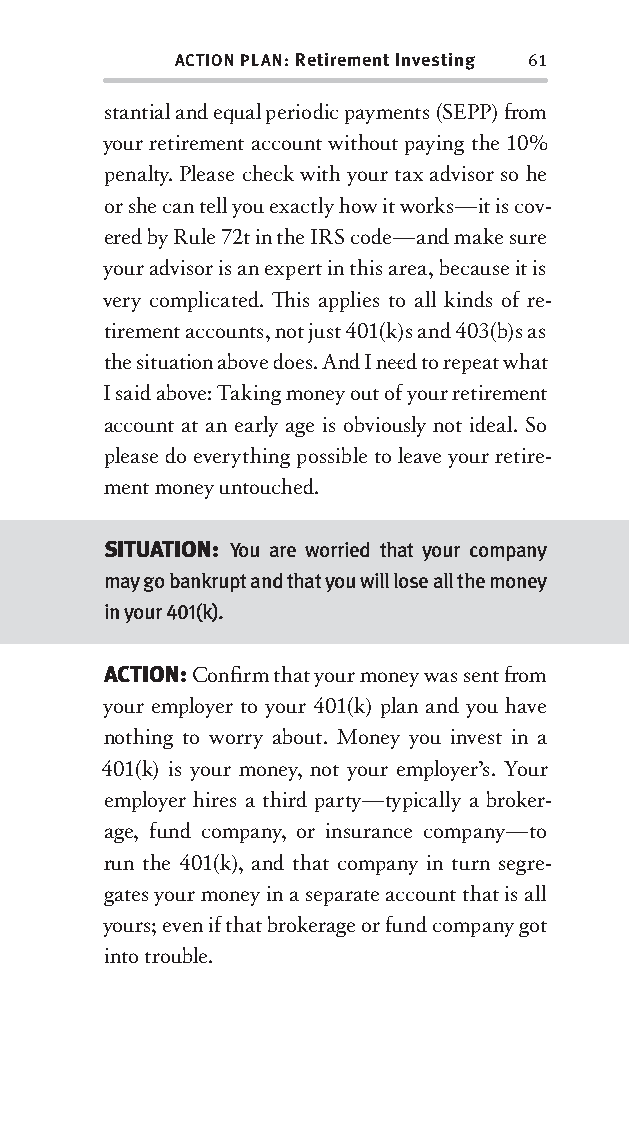
ACTION PLAN: Retirement Investing 61
 stantial and equal periodic payments (SEPP) fr om
 your retirement account without paying the 10%
 penalty . Please check with your tax advisor so he
 or she can tell you exactly how it works—it is cov-
 ered by Rule 72t in the IRS code—and make sure
 your advisor is an expert in this area, because it is
 very complicated. Th is applies to all kinds of re-
 tirement accounts, not just 401(k)s and 403(b)s as
 the situation above does. And I nee d to repeat what
 I said above: Taking money out of your retirement
 account at an early age is obviously not ideal. So
 please do everything possible to leave your retire-
 ment money untouched.
 SITUATION: You are worried that your company
 may go bankrupt and that you will lose all the money
 in your 401(k).
 ACTION: Confi rm that your money was sent fr om
 your employer to your 401(k) plan and you have
 nothing to worry about. Money you invest in a
 401(k) is your money, not your employer’s. Your
 employer hires a third party —ty pically a broker-
 age, fund company, or insurance company—to
 run the 401(k), and that company in turn segre-
 gates your money in a separate account that is all
 yours; even if that brokerage or fund company got
 into trouble.
 OOrrmmaa__99778800338855553300993344__44pp__aallll__rr11..iinndddd 6611 1122//33//0088 99::3311::0099 AAMM